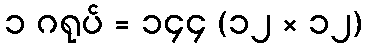
၁ ဂရုပ် = ၁၄၄ (၁၂ × ၁၂)